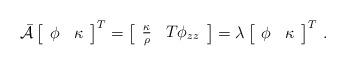
LaTeX: \begin{align*}\bar{\mathcal{A}}\left[\begin{array}{cc}\phi & \kappa\end{array}\right]^{T}=\left[\begin{array}{cc}\frac{\kappa}{\rho} & T\phi_{zz}\end{array}\right]=\lambda\left[\begin{array}{cc}\phi & \kappa\end{array}\right]^{T}\,.\end{align*}